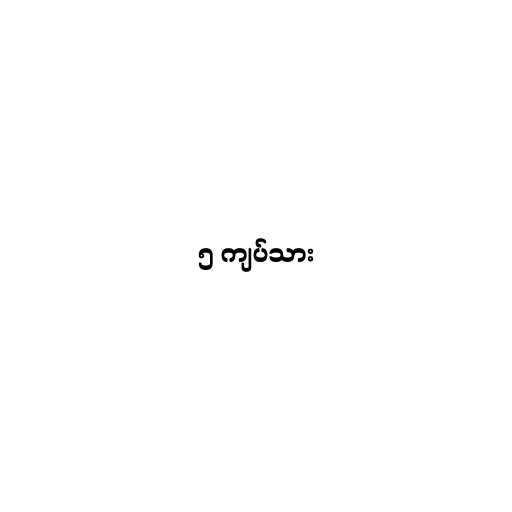
၅ ကျပ်သား